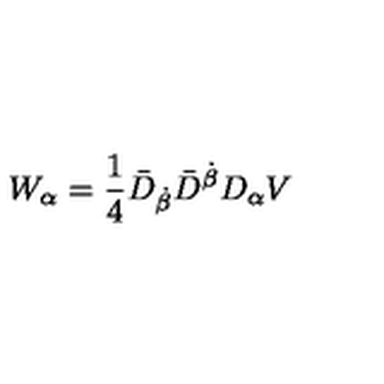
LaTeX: W _ { \alpha } = \frac 1 4 \bar { D } _ { \dot { \beta } } \bar { D } ^ { \dot { \beta } } D _ { \alpha } V